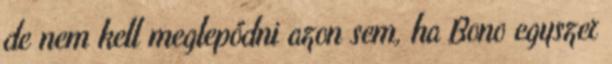
de nem kell meglepődni azon sem, ha Bono egyszer